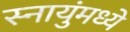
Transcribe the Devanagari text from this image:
स्नायुंमध्ये